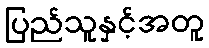
ပြည်သူနှင့်အတူ